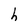
Character: h